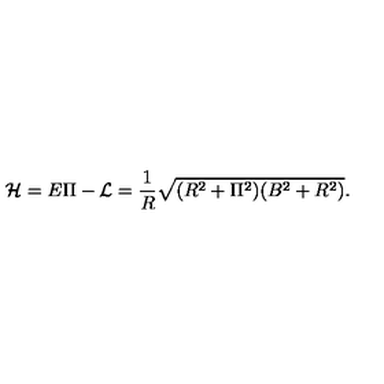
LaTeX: \mathcal { H } = E \Pi - \mathcal { L } = \frac { 1 } { R } \sqrt { ( R ^ { 2 } + \Pi ^ { 2 } ) ( B ^ { 2 } + R ^ { 2 } ) } .